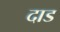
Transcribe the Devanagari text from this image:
दाड